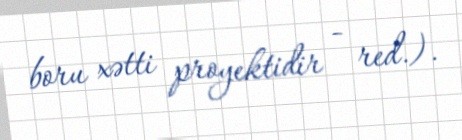
boru xətti proyektidir - red.).